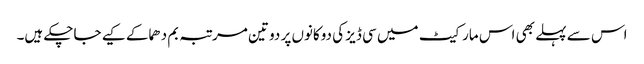
اس سے پہلے بھی اس مارکیٹ میں سی ڈیز کی دوکانوں پر دو تین مرتبہ بم دھماکے کیے جاچکے ہیں۔